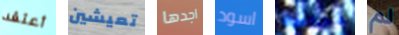
أعتقد تعيشين اجدها اسود محترفة لم